Report on vaccination North-West Frontier Province 1904-1922 - 1904-1922
Year: 1904
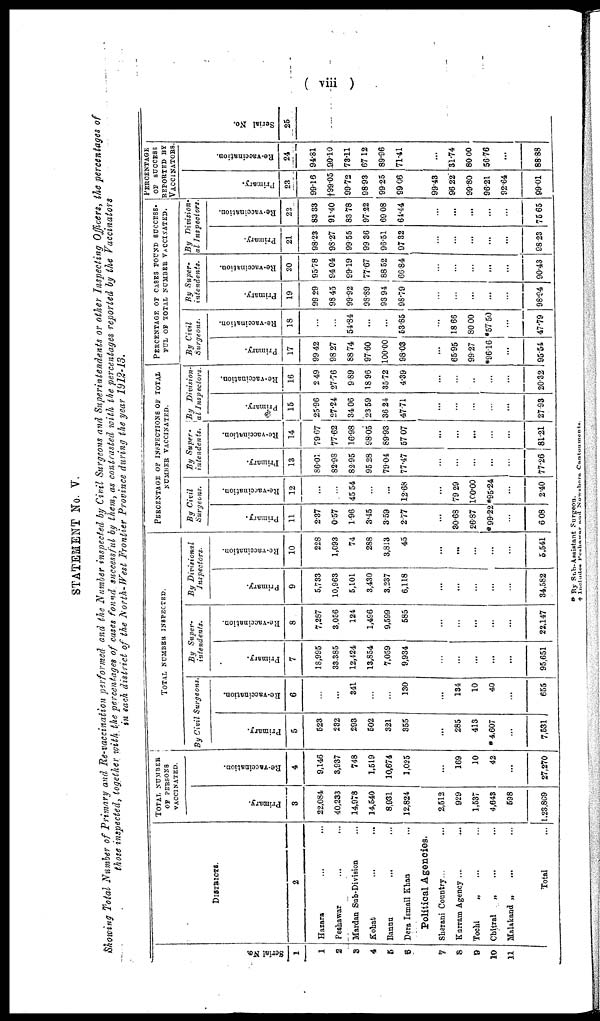
(viii )
STATEMENT No. V.
Showing Total Number of Primary and Re-vaccination performed and the Number inspected by Civil Surgeons and Superintendents or other Inspecting Officers, the percentages of
those inspected, together with the percentages of cases found successful by them, as contrasted with the percentages reported by the Vaccinators
in each district of the North-West Frontier Province during the year 1912-13.
Serial No.
1
1
2
3
4
5
6
7
8
9
10
11
DISTRICTS.
2
Hazara ... ...
Peshawar ... ...
Mardan Sub-Division ...
Kohat ... ...
Bannu ... ...
Dera Ismail Khan ...
Political Agencies.
Sherani Country... ...
Kurram Agency ... ...
Tochi
„ ... ...
Chitral
„ ... ...
Malakand „ ... ...
Total ...
TOTAL NUMBER
OF PERSONS
VACCINATED.
Primary.
3
22,084
40,233
14,978
14,540
8,931
12,824
2,512
929
1,537
4,643
598
1,23,809
Re-vaccination.
4
9,146
3,937
748
1,519
10,674
1,025
...
169
10
42
...
27,270
TOTAL NUMBER INSPECTED.
By Civil Surgeons
Primary.
5
523
232
293
502
321
355
...
285
413
* 4,607
...
7,531
Re-vaccination.
6
...
...
341
...
...
130
...
134
10
40
...
655
By Super¬
intendents.
Primary.
7
18,995
33,385
12,424
13,854
7,059
9,934
...
...
...
...
...
95,651
Re-vaccination.
8
7,287
3,056
124
1,496
9,599
585
...
...
...
...
...
22,147
By Divisional
Inspectors.
Primary.
9
5,733
10,963
5,101
3,430
3,237
6,118
...
...
...
...
...
34,582
Re-vaccination.
10
228
1,093
74
288
3,813
45
...
...
...
...
...
5,541
PERCENTAGE OF INSPECTIONS OF TOTAL
NUMBER VACCINATED.
By Civil
Surgeons.
Primary.
11
2.37
0.57
1.96
3.45
3.59
2.77
...
30.68
26.87
* 99.22
...
6.08
Re-vaccination.
12
...
...
45.54
...
...
12.68
...
79.29
100.00
*95.24
...
2.40
By Super¬
intendents.
Primary.
13
86.01
82.98
82.95
95.28
79.04
77.47
...
...
...
...
...
77.26
Re-vaccination.
14
79.67
77.62
16.98
98.05
89.93
57.07
...
...
...
...
...
81.21
By Division-
al Inspectors.
Primary.
15
25.96
27.24
34.06
23.59
36.24,
47.71
...
...
...
...
...
27.93
Re-vaccination.
16
2.49
27.76
9.89
18. 96
35.72
4.39
...
...
...
...
...
20.32
PERCENTAGE OF CASES FOUND SUCCESS¬
FUL OF TOTAL NUMBER VACCINATED.
By Civil
Surgeons.
Primary.
17
99.42
98.27
88.74
97.60
100.00
98.03
...
65.95
99.27
*9616
...
95.54
Re-vaccination.
18
...
...
54.84
...
...
53.85
...
18.66
80.00
*57.50
...
47.79
By Super-
intendents.
Primary.
19
99.29
98.45
99.92
98.89
93.94
98.79
...
...
...
...
...
98.94
Re-vaccination.
20
95.78
94.04
99.19
77.67
88.52
66.84
...
...
...
...
...
90.43
By Division-
al Inspectors.
Primary.
21
98.23
98.27
99.55
99.36
96.51
97.32
...
...
...
...
...
98.23
Re-vaccination.
22
83.33
91.40
83.78
97.22
69.08
64.44
...
...
...
...
...
75.65
PERCENTAGE
OF SUCCESS
REPORTED BY
VACCINATORS.
Primary.
23
99.16
†99.05
99.72
98.93
99.25
99.06
99.43
96.22
99.80
96.21
92.64
99.01
Re-vaccination.
24
94.81
90.10
73.11
67.12
89.96
71.41
...
31.74
80.00
56.76
...
88.83
Serial No.
25
* By Sub-Assistant Surgeon.
† Includes Peshawar and Nowshora Cantonments.